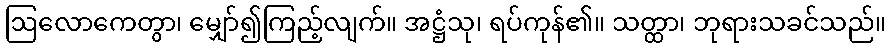
ဩလောကေတွာ၊ မျှော်၍ကြည့်လျက်။ အဋ္ဌံသု၊ ရပ်ကုန်၏။ သတ္ထာ၊ ဘုရားသခင်သည်။